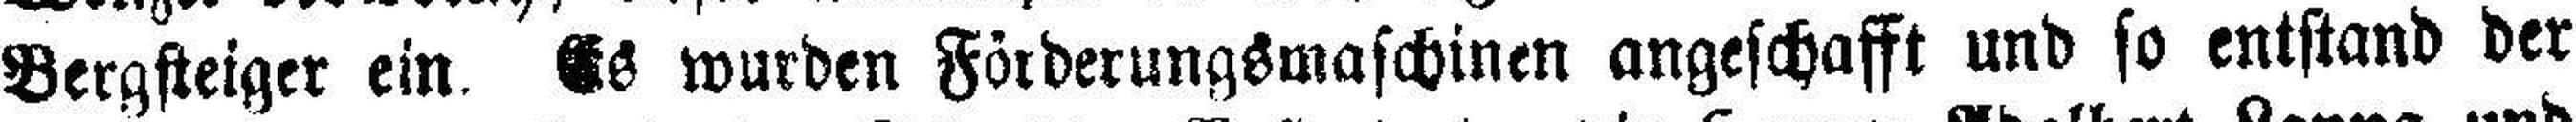
Bergsteiger ein. Es wurden Förderungsmaschinen angeschafft und so entstand der